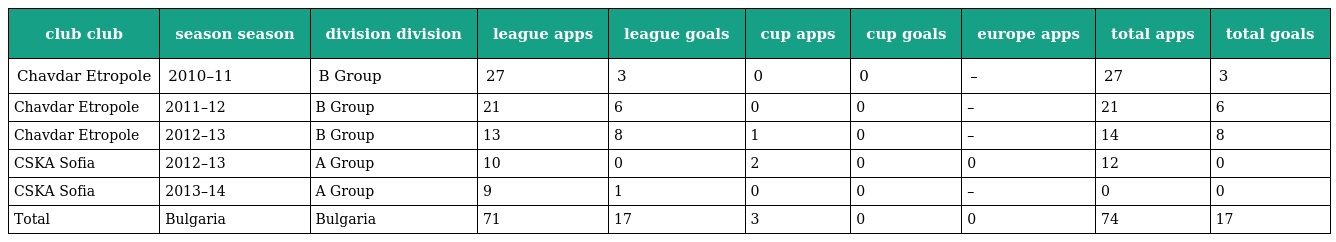
| club club | season season | division division | league apps | league goals | cup apps | cup goals | europe apps | total apps | total goals |
 | --- | --- | --- | --- | --- | --- | --- | --- | --- | --- |
 | Chavdar Etropole | 2010–11 | B Group | 27 | 3 | 0 | 0 | – | 27 | 3 |
 | Chavdar Etropole | 2011–12 | B Group | 21 | 6 | 0 | 0 | – | 21 | 6 |
 | Chavdar Etropole | 2012–13 | B Group | 13 | 8 | 1 | 0 | – | 14 | 8 |
 | CSKA Sofia | 2012–13 | A Group | 10 | 0 | 2 | 0 | 0 | 12 | 0 |
 | CSKA Sofia | 2013–14 | A Group | 9 | 1 | 0 | 0 | – | 0 | 0 |
 | Total | Bulgaria | Bulgaria | 71 | 17 | 3 | 0 | 0 | 74 | 17 |